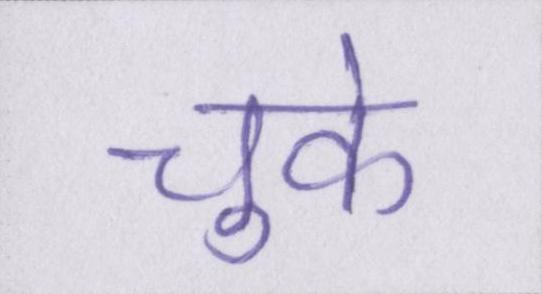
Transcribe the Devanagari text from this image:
चुके